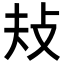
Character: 𢻳